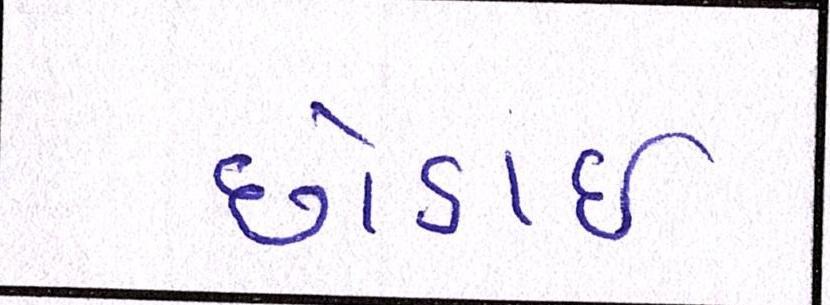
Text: છોડાઈ